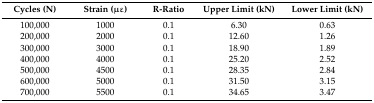
<table><thead><tr><td><b>Cycles (N)</b></td><td><b>Strain (με)</b></td><td><b>R-Ratio</b></td><td><b>Upper Limit (kN)</b></td><td><b>Lower Limit (kN)</b></td></tr></thead><tbody><tr><td>100,000</td><td>1000</td><td>0.1</td><td>6.30</td><td>0.63</td></tr><tr><td>200,000</td><td>2000</td><td>0.1</td><td>12.60</td><td>1.26</td></tr><tr><td>300,000</td><td>3000</td><td>0.1</td><td>18.90</td><td>1.89</td></tr><tr><td>400,000</td><td>4000</td><td>0.1</td><td>25.20</td><td>2.52</td></tr><tr><td>500,000</td><td>4500</td><td>0.1</td><td>28.35</td><td>2.84</td></tr><tr><td>600,000</td><td>5000</td><td>0.1</td><td>31.50</td><td>3.15</td></tr><tr><td>700,000</td><td>5500</td><td>0.1</td><td>34.65</td><td>3.47</td></tr></tbody></table>